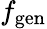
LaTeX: f_{\mathrm{gen}}